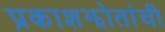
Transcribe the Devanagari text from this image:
प्रकाशझोतांची